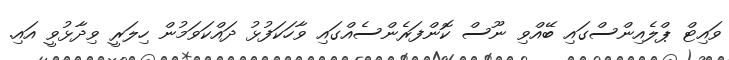
ވައިޓް ޕްލެއިންސްގައި ބޭއްވި ނޫސް ކޮންފަރެންސެއްގައި ވާހަކަފުޅު ދައްކަވަމުން ހިލަރީ ވިދާޅުވީ އައި.